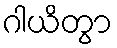
ဂါယိတွာ